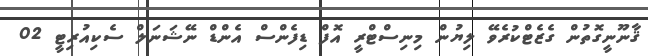
ޤާނޫނީގޮތުން ގެޒެޓްކުރެވޭ ލިޔުން މިނިސްޓްރީ އޮފް ޑިފެންސް އެންޑް ނޭޝަނަލް ސެކިއުރިޓީ 02